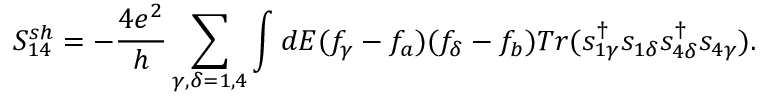
{ S _ { 1 4 } ^ { s h } } = - \frac { 4 e ^ { 2 } } { h } \sum _ { \gamma , \delta = 1 , 4 } \int d E ( f _ { \gamma } - f _ { a } ) ( f _ { \delta } - f _ { b } ) T r ( s _ { 1 \gamma } ^ { \dagger } s _ { 1 \delta } s _ { 4 \delta } ^ { \dagger } s _ { 4 \gamma } ) .